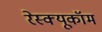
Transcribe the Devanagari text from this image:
रेस्क्यूकॉम